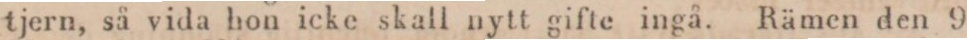
tjern, så vida hon icke skall nytt gifte ingå. Rämen den 9